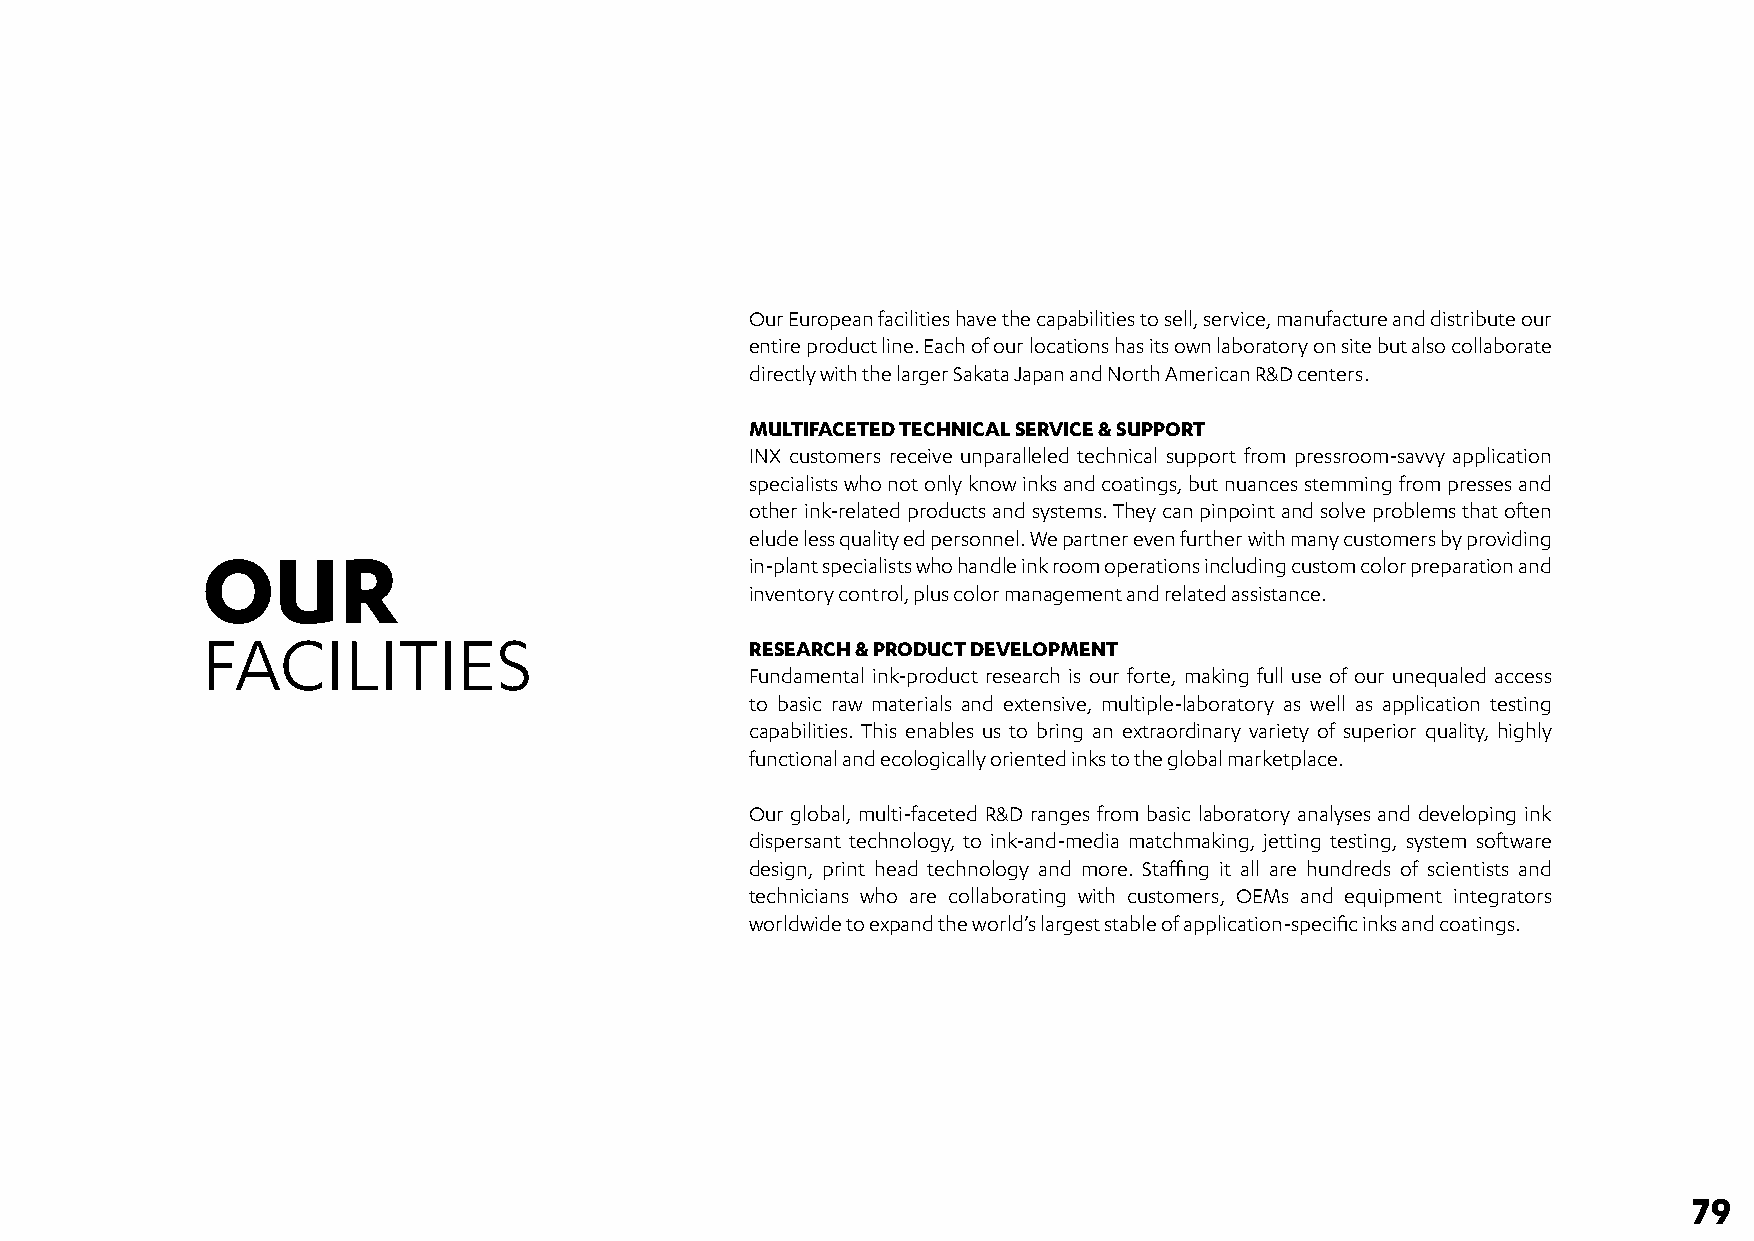
Our European facilities have the capabilities to sell, service, manufacture and distribute our
 entire product line. Each of our locations has its own laboratory on site but also collaborate
 directly with the larger Sakata Japan and North American R&D centers.
 MULTIFACETED TECHNICAL SERVICE & SUPPORT
 INX customers receive unparalleled technical support from pressroom-savvy application
 specialists who not only know inks and coatings, but nuances stemming from presses and
 other ink-related products and systems. They can pinpoint and solve problems that often
 elude less quality ed personnel. We partner even further with many customers by providing
 OUR
 in-plant specialists who handle ink room operations including custom color preparation and
 inventory control, plus color management and related assistance.
 FACILITIES
 RESEARCH & PRODUCT DEVELOPMENT
 Fundamental ink-product research is our forte, making full use of our unequaled access
 to basic raw materials and extensive, multiple-laboratory as well as application testing
 capabilities. This enables us to bring an extraordinary variety of superior quality, highly
 functional and ecologically oriented inks to the global marketplace.
 Our global, multi-faceted R&D ranges from basic laboratory analyses and developing ink
 dispersant technology, to ink-and-media matchmaking, jetting testing, system software
 design, print head technology and more. Staffing it all are hundreds of scientists and
 technicians who are collaborating with customers, OEMs and equipment integrators
 worldwide to expand the world’s largest stable of application-specific inks and coatings.
 79